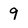
Character: 9